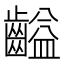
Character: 齸